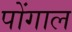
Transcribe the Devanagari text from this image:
पोंगाल